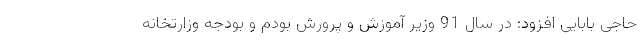
حاجی بابایی افزود: در سال 91 وزیر آموزش و پرورش بودم و بودجه وزارتخانه